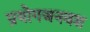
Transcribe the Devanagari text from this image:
प्रयोगजनवश